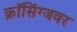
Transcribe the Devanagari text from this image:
क्राॅसिंग्जवर